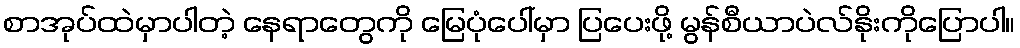
စာအုပ်ထဲမှာပါတဲ့ နေရာတွေကို မြေပုံပေါ်မှာ ပြပေးဖို့ မွန်စီယာပဲလ်နိုးကိုပြောပါ။